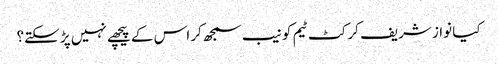
کیا نواز شریف کرکٹ ٹیم کو نیب سمجھ کر اس کے پیچھے نہیں پڑ سکتے؟